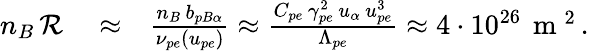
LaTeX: \begin{array}{rlr}{n_{B}\, {\cal R}}&{{}\approx}&{\frac{n_{B}\, b_{pB\alpha}}{\nu_{pe}\left(u_{pe}\right)}\approx\frac{C_{pe}\, \gamma_{pe}^{2}\, u_{\alpha}\, u_{pe}^{3}}{\Lambda_{pe}}\approx 4\cdot 10^{26}\, \mathrm{~m~}^{2}\, .}\end{array}